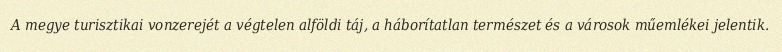
A megye turisztikai vonzerejét a végtelen alföldi táj, a háborítatlan természet és a városok műemlékei jelentik.